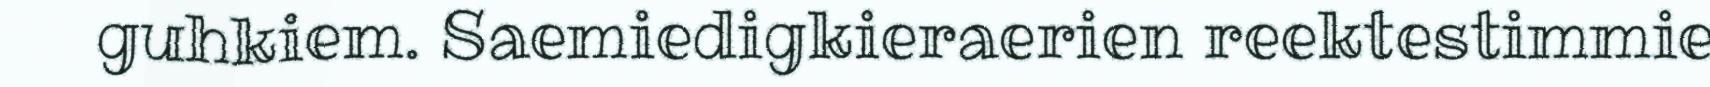
guhkiem. Saemiedigkieraerien reektestimmie